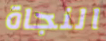
النجاة